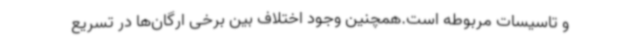
و تاسیسات مربوطه است.همچنین وجود اختلاف بین برخی ارگان‌ها در تسریع